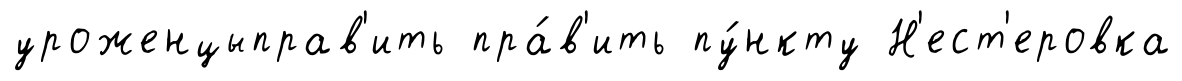
уроженцыправ'ить пра́в'ить пу́нкту Н'ест'еровка